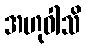
အဟုဝါသိ